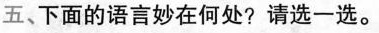
五、下面的语言妙在何处?请选一选。